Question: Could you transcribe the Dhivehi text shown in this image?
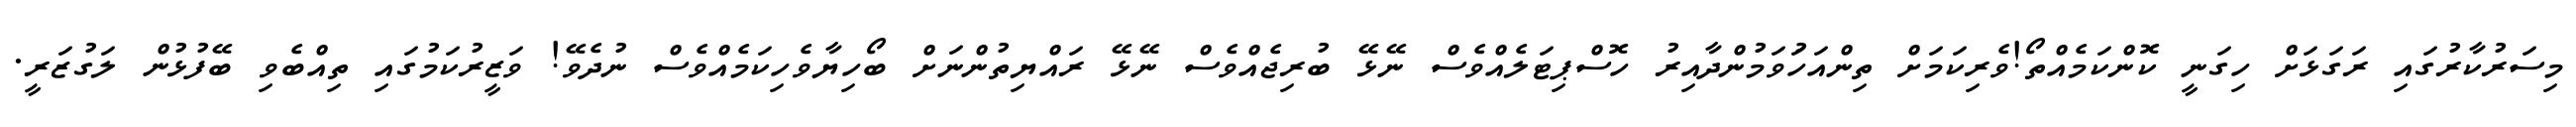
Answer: މިސަރުކާރުގައި ރަގަޅަށް ހިގަނީ ކޮންކަމެއްތޯ!ވެރިކަމަށް ތިންއަހަުވަމުންދާއިރު ހޮސްޕިޓަލެއްވެސް ނޭޅޭ ބުރިޖެއްވެސް ނޭޅޭ ރައްޔިތުންނަށް ބޯހިޔާވެހިކަމެއްވެސް ނުދެވޭ! ވަޒީރުކަމުގައި ތިއްބެވި ބޭފުޅުން ލަގުޒަރީ.